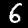
Label: 6